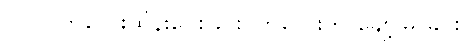
(၂၀) ကလေးထိန်းပေးခြင်း၊ ကလေးကို ချော့မြူခြင်း၊